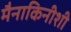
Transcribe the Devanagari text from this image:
मैनाकिनीशी